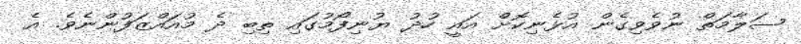
ސަލާމަތް ނުވެވިގެން އުޅެނިކޮށް އައީ ހުދު ޔުނިފޯމުގައި ތިބި ދެ މުއައްޒަފުންނެވެ. އެ